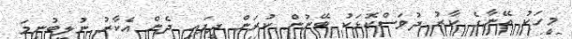
މީހަކު އޭނާގެ ކާރު ދުވަސްކޮޅަކު ބޭނުން ކުރަން ދީފައި ދެން އެކާރު ނުލިބުނީމަ